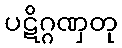
ပဋိဂ္ဂဏှတု